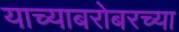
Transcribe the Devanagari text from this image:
याच्याबरोबरच्या